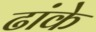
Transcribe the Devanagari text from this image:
ढांके